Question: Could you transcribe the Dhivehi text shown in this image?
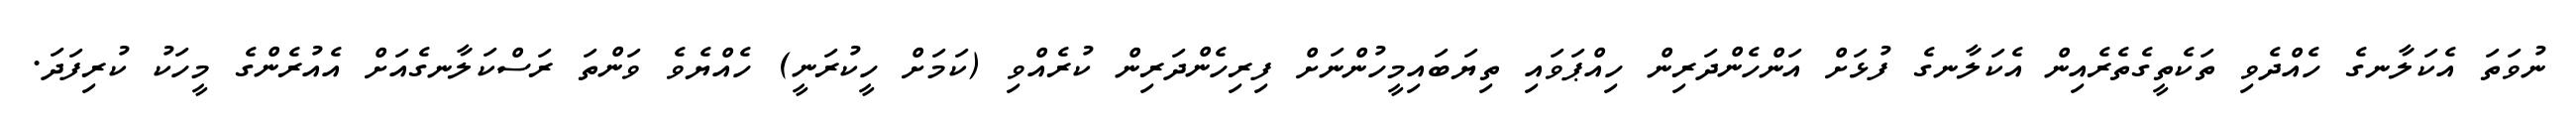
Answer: ނުވަތަ އެކަލާނގެ ހެއްދެވި ތަކެތީގެތެރެއިން އެކަލާނގެ ފުޅަށް އަންހެންދަރިން ހިއްޕަވައި ތިޔަބައިމީހުންނަށް ފިރިހެންދަރިން ކުރެއްވި (ކަމަށް ހީކުރަނީ) ހެއްޔެވެ ވަންތަ ރަސްކަލާނގެއަށް އެއުރެންގެ މީހަކު ކުރިފަދަ.